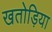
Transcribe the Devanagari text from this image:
खतोड़िया